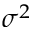
\sigma ^ { 2 }